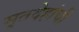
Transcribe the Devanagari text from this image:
मृतदेहांची